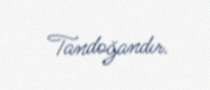
Tandoğandır.